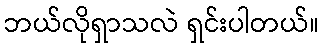
ဘယ်လိုရှာသလဲ ရှင်းပါတယ်။